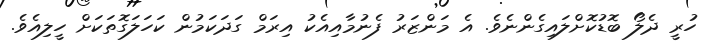
ހުރީ ދެލޯ ބޮޑުކޮށްލައިގެންނެވެ. އެ މަންޒަރު ފެނުމާއިއެކު އިރަމް ގަދަކަމުން ކަހަލަގޮތަކަށް ހީލިއެވެ.